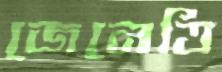
জেনেত্তি